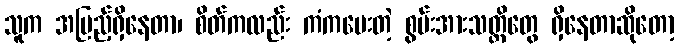
သူက အပြည့်ရှိနေတာ၊ စိတ်ကလည်း ကံကပေးတဲ့ စွမ်းအားသတ္တိတွေ ရှိနေတာဆိုတော့